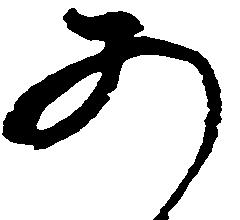
あ